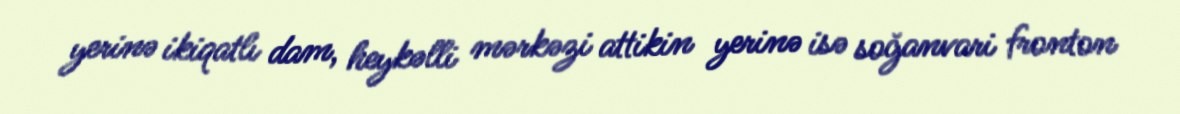
yerinə ikiqatlı dam, heykəlli mərkəzi attikin yerinə isə soğanvari fronton